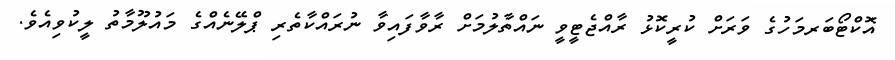
އޮކްޓޯބަރމަހުގެ ވަރަށް ކުރީކޮޅު ރާއްޖެޓީވީ ނައްތާލުމަށް ރާވާފައިވާ ނުރައްކާތެރި ޕްލޭނެއްގެ މައުލޫމާތު ލީކުވިއެވެ.